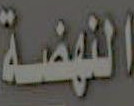
النهضة